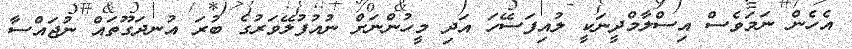
އެހެން ނަމަވެސް އިސްލާމްދީނަކީ ލުއިފަސޭހަ އަދި މީހުންނަށް ނުއުފުލޭވަރުގެ ބުރަ އުނދަގޫތައް ނުޖައްސާ